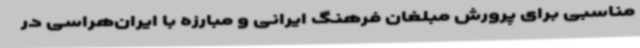
مناسبی برای پرورش مبلغان فرهنگ ایرانی و مبارزه با ایران‌هراسی در